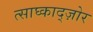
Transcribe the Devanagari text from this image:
त्साघ्काद्ज़ोर